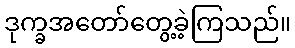
ဒုက္ခအတော်တွေ့ခဲ့ကြသည်။